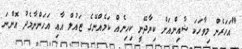
"އަހަރެން މިވާހަކަ ޝާއިންއަށް ކިޔާދޭނީ ކިހިނެއް ކަމެއްނޭގެ ޒައުލް އާއި އަހަންނާމެދު އޮންނަ